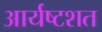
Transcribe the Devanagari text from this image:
आर्यष्टशत